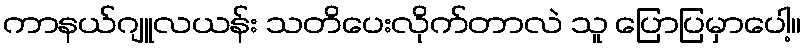
ကာနယ်ဂျူလယန်း သတိပေးလိုက်တာလဲ သူ ပြောပြမှာပေါ့။